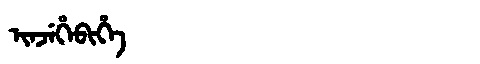
Manchu: ᡳᠨᠵᡝᡥᡝᠪᡳᡥᡝ
Romanization: INJEHEBIHE